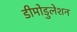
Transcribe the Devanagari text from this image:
डीमोडुलेशन